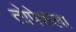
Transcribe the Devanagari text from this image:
तोपेशला